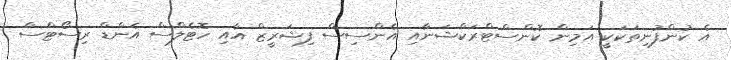
އެ ކުންފުނިތަކަކީ އަމިން ކޮންސްޓްރަކްޝަނާއި އެންސިސް ފިޝަރީޒް އާއި ހޮޓެލްސް އެންޑް ރިސޯޓްސް